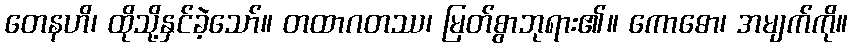
တေနဟိ၊ ထိုသို့နှင်ခဲ့သော်။ တထာဂတဿ၊ မြတ်စွာဘုရား၏။ ကောဓော၊ အမျက်ကို။